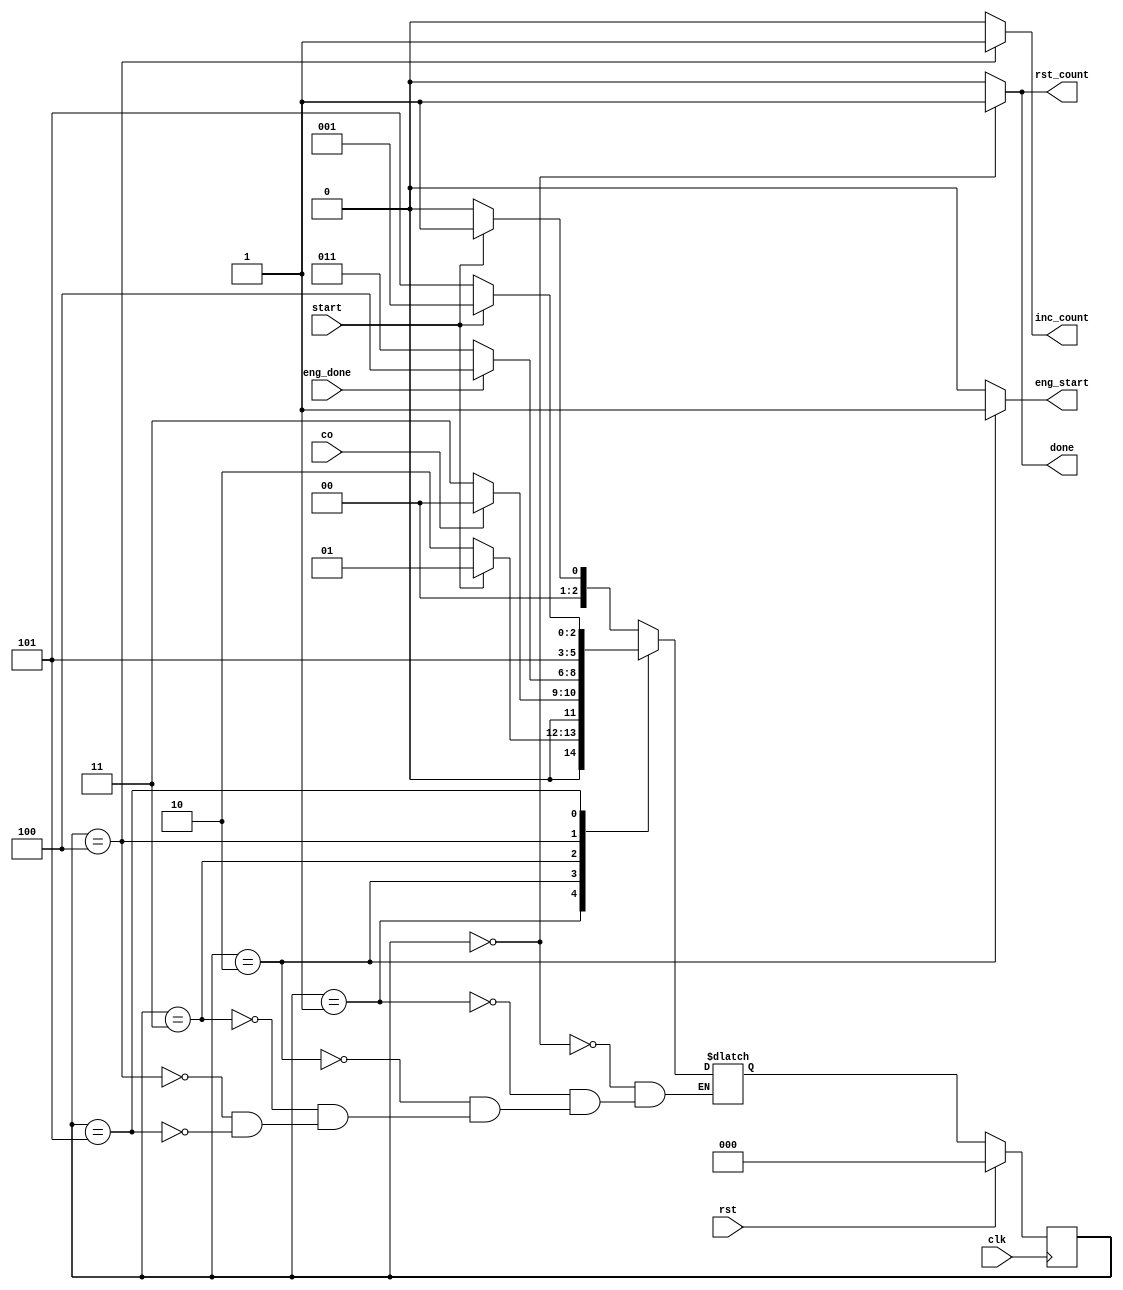
`define START 3'b000
`define A 3'b001
`define B 3'b010
`define C 3'b011
`define D 3'b100
`define E 3'b101
module controllerr(
    clk,
    rst,
    start,
    eng_done,
    co,
    eng_start,
    done,
    rst_count,
    inc_count
);
input clk,rst,start,eng_done,co;
output reg eng_start,done,rst_count,inc_count;
reg [2:0] ps;
reg [2:0] ns;
always@(posedge clk) begin
    if(rst)
        ps<=`START;
    else
        ps<=ns;
end
always @(*) begin
    case(ps)
        `START: ns<=(~start) ? `START : `A;
        `A: ns<= (start) ? `A : `B;
        `B: ns<= (co) ? `START : `C;
        `C: ns<= (~eng_done) ? `C : `D;
        `D: ns<= `E;
        `E: ns<= (~start) ? `E : `A;
    endcase
end
always @(ps) begin
    {eng_start,done,rst_count,inc_count}<=4'b0000;
    case(ps)
        `START : begin done<=1'b1;
                        rst_count<=1'b1;
        end 
        `B: eng_start<=1'b1;
        `D: inc_count<=1'b1;
    endcase
end
endmodule